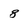
Character: 8